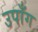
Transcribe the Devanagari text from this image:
उपाँग